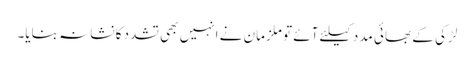
لڑکی کے بھائی مدد کیلئے آئے تو ملزمان نے انہیں بھی تشدد کا نشانہ بنایا۔